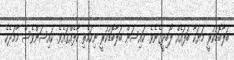
ބަލާބޮޑުކުރީ މަޔަކާ ބަފައެއް ލޯބިދީގެނެވެ. ކައިސަން ބަލާބޮޑުކުރީ ނިކަމެތި ހާލެއްގައެވެ. ކައިސަންވެސް މާމަދެކެ